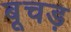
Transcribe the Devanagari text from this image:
बूचड़